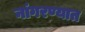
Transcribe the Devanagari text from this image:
नांगरण्यात